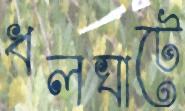
ধলঘাটে